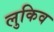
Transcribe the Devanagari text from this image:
लुकिव